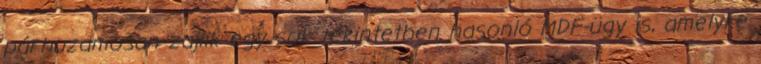
párhuzamosan zajlik egy sok tekintetben hasonló MDF-ügy is, amelyre